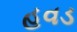
હવડ